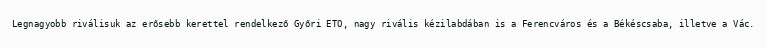
Legnagyobb riválisuk az erősebb kerettel rendelkező Győri ETO, nagy rivális kézilabdában is a Ferencváros és a Békéscsaba, illetve a Vác.